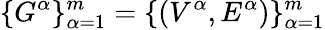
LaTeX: \{ G^{\alpha}\} _{\alpha=1}^{m}=\{ (V^{\alpha},E^{\alpha})\} _{\alpha=1}^{m}